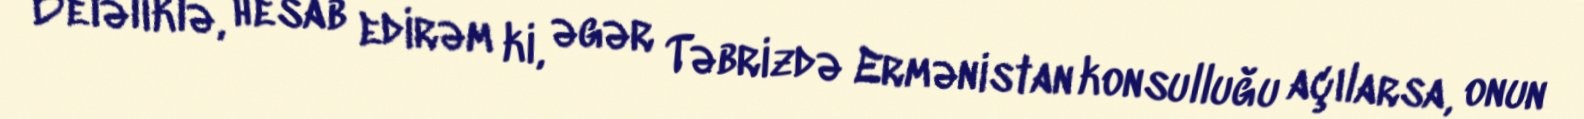
Beləliklə, hesab edirəm ki, əgər Təbrizdə Ermənistan konsulluğu açılarsa, onun